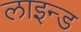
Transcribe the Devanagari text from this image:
लाइन्‍ड